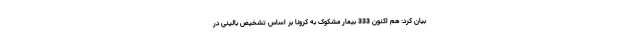
بیان کرد: هم اکنون 333 بیمار مشکوک به کرونا بر اساس تشخیص بالینی در